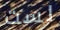
لست